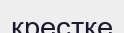
крестке